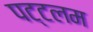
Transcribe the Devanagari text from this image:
पट्टलम